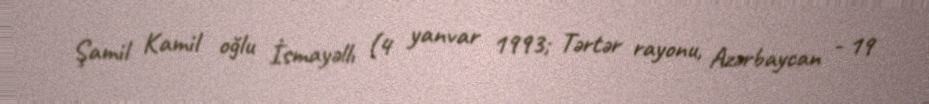
Şamil Kamil oğlu İsmayəllı (4 yanvar 1993; Tərtər rayonu, Azərbaycan - 19